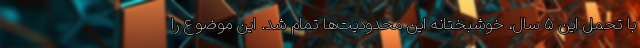
با تحمل این ۵ سال، خوشبختانه این محدودیت‌ها تمام شد. این موضوع را